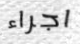
اجراء